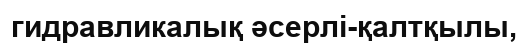
гидравликалық әсерлі-қалтқылы,